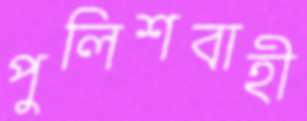
পুলিশবাহী